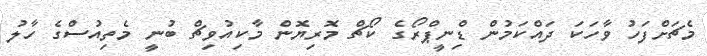
މެޗަށްފަހު ވާހަކަ ދައްކަމުން ޑިްނީޕްރޯގެ ކޯޗް މޮރިޔޮން މާކިއުވިޗް ބުނީ މެތިއުސްގެ ހާލު